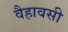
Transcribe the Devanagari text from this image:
वैहावसी